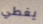
يغطي